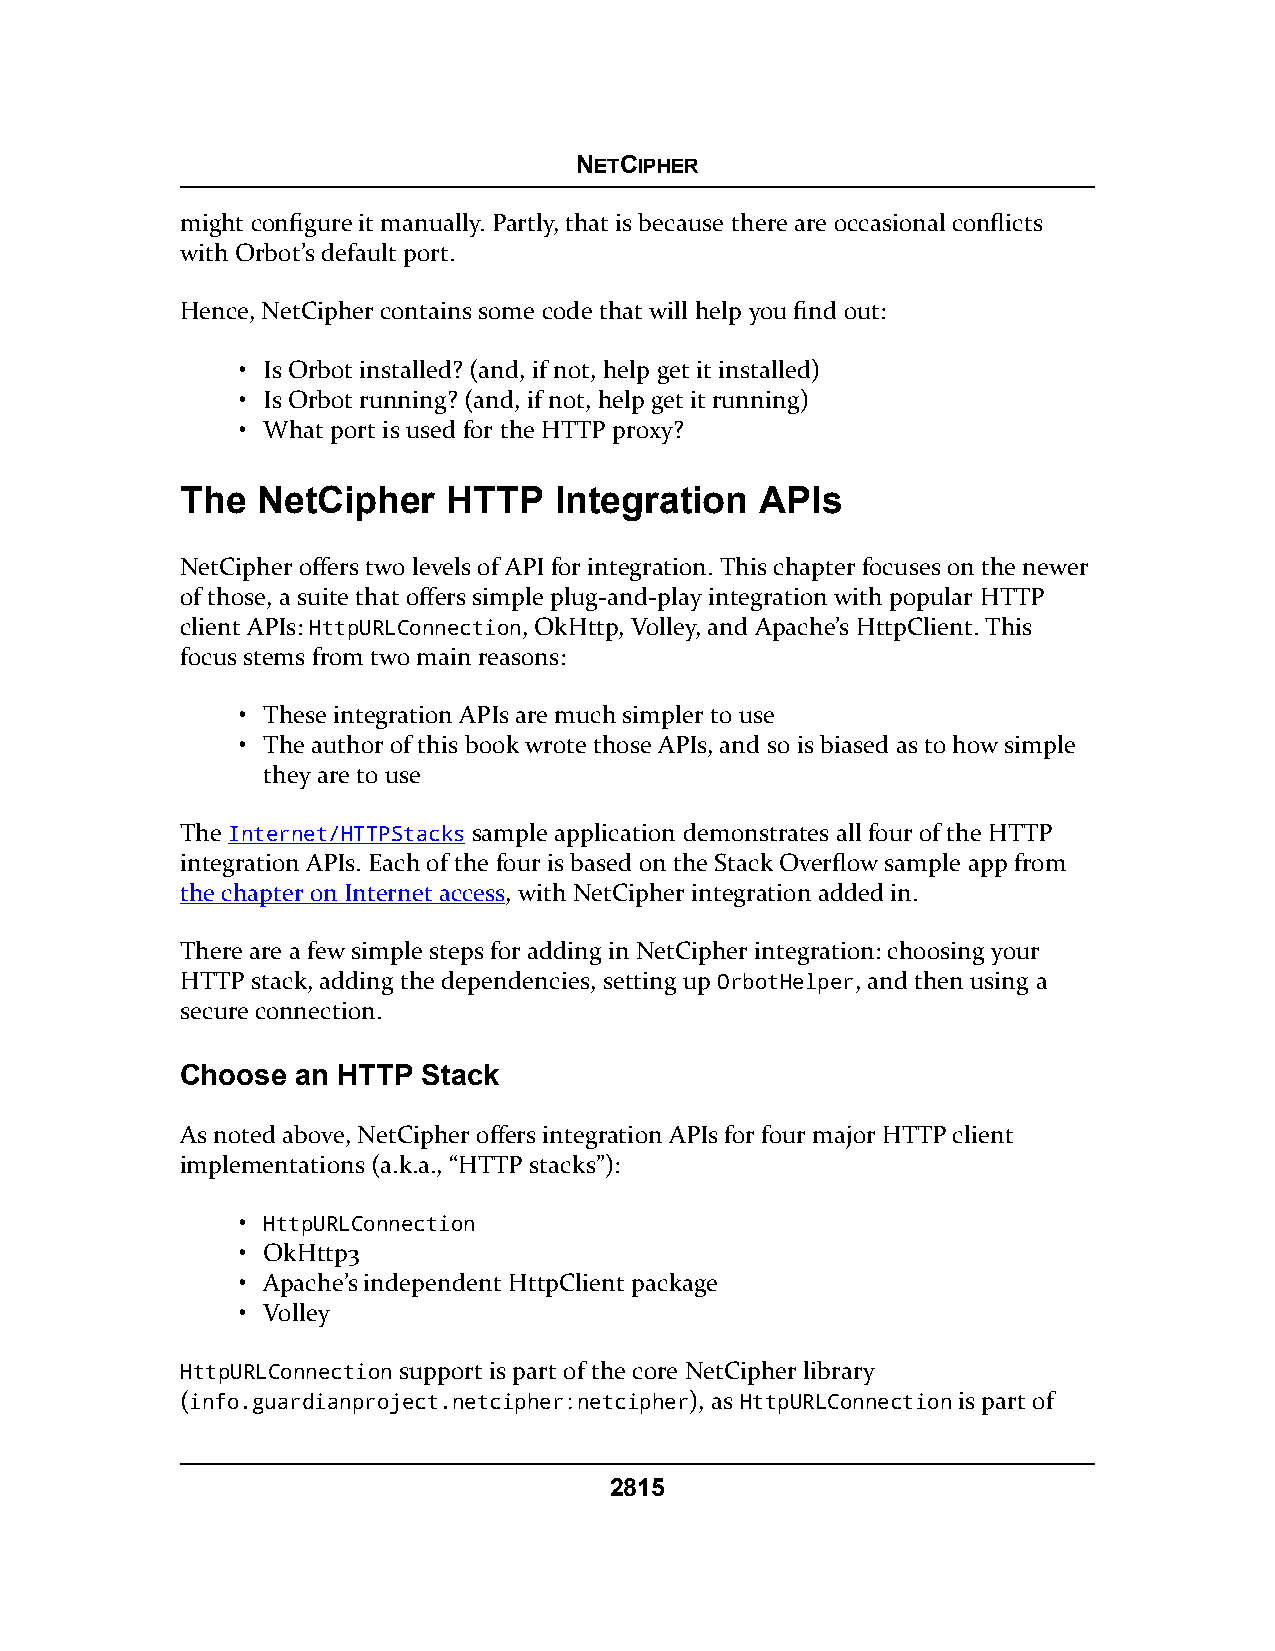
NETCIPHER
 might configure it manually. Partly, that is because there are occasional conflicts
 with Orbot’s default port.
 Hence, NetCipher contains some code that will help you find out:
 • Is Orbot installed? (and, if not, help get it installed)
 • Is Orbot running? (and, if not, help get it running)
 • What port is used for the HTTP proxy?
 The  NetCipher    HTTP   Integration  APIs
 NetCipher offers two levels of API for integration. This chapter focuses on the newer
 of those, a suite that offers simple plug-and-play integration with popular HTTP
 client APIs: HttpURLConnection, OkHttp, Volley, and Apache’s HttpClient. This
 focus stems from two main reasons:
 • These integration APIs are much simpler to use
 • The author of this book wrote those APIs, and so is biased as to how simple
 they are to use
 The Internet/HTTPStacks sample application demonstrates all four of the HTTP
 integration APIs. Each of the four is based on the Stack Overflow sample app from
 the chapter on Internet access, with NetCipher integration added in.
 There are a few simple steps for adding in NetCipher integration: choosing your
 HTTP stack, adding the dependencies, setting up OrbotHelper, and then using a
 secure connection.
 Choose  an HTTP Stack
 As noted above, NetCipher offers integration APIs for four major HTTP client
 implementations (a.k.a., “HTTP stacks”):
 • HttpURLConnection
 • OkHttp3
 • Apache’s independent HttpClient package
 • Volley
 HttpURLConnection support is part of the core NetCipher library
 (info.guardianproject.netcipher:netcipher), as HttpURLConnection is part of
 2815